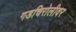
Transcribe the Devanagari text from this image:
गडचिरोलीवर